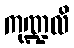
ကုဏ္ဍလိ